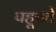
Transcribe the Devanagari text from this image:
पहूचते